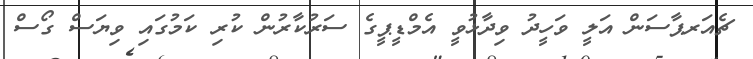
ޗެއަރޕާސަން އަލީ ވަހީދު ވިދާޅުވީ އެމްޑީޕީގެ ސަރުކާރުން ކުރި ކަމުގައި ވިޔަސް ގޯސް